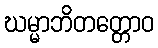
ဃမ္မာဘိတတ္တောဝ